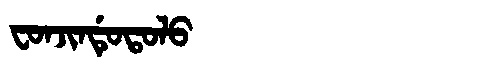
Manchu: ᠸᠣᠨᠵᡳᠨᡩᡠᡨᠣᠯᠣ
Romanization: FONJINDUTOLO